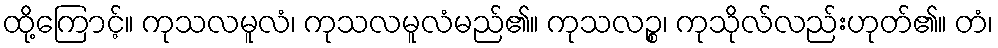
ထို့ကြောင့်။ ကုသလမူလံ၊ ကုသလမူလံမည်၏။ ကုသလဉ္စ၊ ကုသိုလ်လည်းဟုတ်၏။ တံ၊